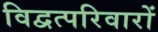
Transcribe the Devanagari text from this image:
विद्वत्परिवारों